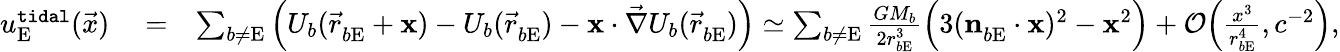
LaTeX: \begin{array}{rlr}{u_{\mathrm{E}}^{\tt tidal}(\vec{x})}&{{}=}&{\sum_{b\not=\mathrm{E}}\Big(U_{b}({\vec{r}}_{b\mathrm{E}}^{}+\boldsymbol{\mathrm{x}})-U_{b}({\vec{r}}_{b\mathrm{E}}^{})-\boldsymbol{\mathrm{x}}\cdot{\vec{\nabla}}U_{b}({\vec{r}}_{b\mathrm{E}}^{})\Big)\simeq\sum_{b\not=\mathrm{E}}\frac{GM_{b}}{2r_{b\mathrm{E}}^{3}}\Big(3(\boldsymbol{\mathrm{n}}_{b\mathrm{E}}^{}\cdot\boldsymbol{\mathrm{x}})^{2}-\boldsymbol{\mathrm{x}}^{2}\Big)+{\cal O}\Big(\frac{x^{3}}{r_{b\mathrm{E}}^{4}},c^{-2}\Big),}\end{array}